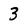
Character: 3